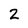
Character: 2